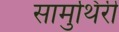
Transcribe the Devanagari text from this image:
सामुथिरी